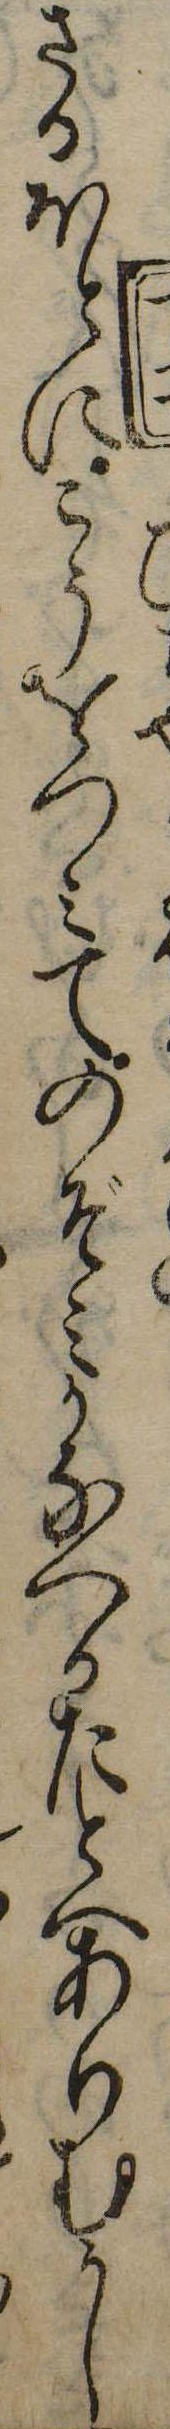
さるほとにこうをつみてのぞみかなへかたとへありむかし